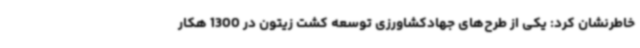
خاطرنشان کرد: یکی از طرح‌های جهادکشاورزی توسعه کشت زیتون در 1300 هکار